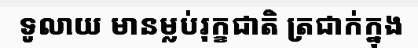
ទូលាយ មានម្លប់រុក្ខជាតិ ត្រជាក់ក្នុង